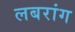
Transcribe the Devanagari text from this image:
लबरांग